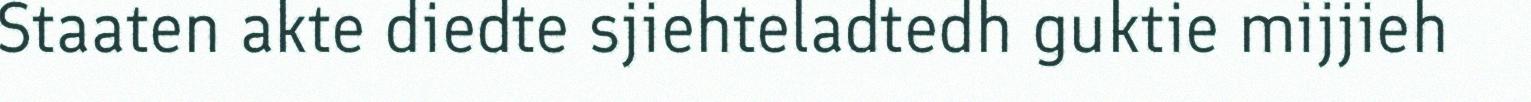
Staaten akte diedte sjiehteladtedh guktie mijjieh